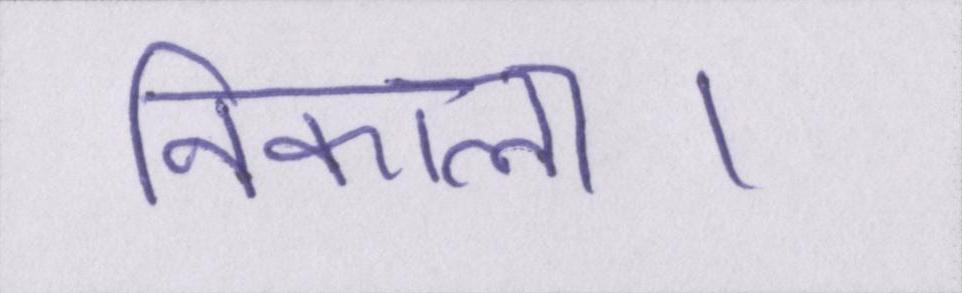
निकाला।